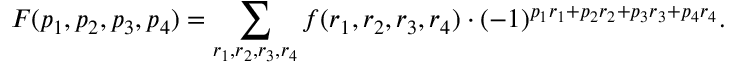
F ( p _ { 1 } , p _ { 2 } , p _ { 3 } , p _ { 4 } ) = \displaystyle \sum _ { r _ { 1 } , r _ { 2 } , r _ { 3 } , r _ { 4 } } f ( r _ { 1 } , r _ { 2 } , r _ { 3 } , r _ { 4 } ) \cdot ( - 1 ) ^ { p _ { 1 } r _ { 1 } + p _ { 2 } r _ { 2 } + p _ { 3 } r _ { 3 } + p _ { 4 } r _ { 4 } } .